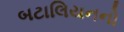
બટાલિયનનો